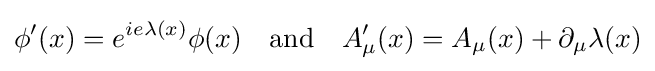
\phi '(x)=e^{ie\lambda (x)}\phi (x)\quad {\textrm {and}}\quad A_{\mu }'(x)=A_{\mu }(x)+\partial _{\mu }\lambda (x)